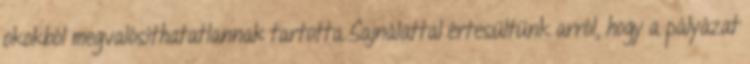
okokból megvalósíthatatlannak tartotta Sajnálattal értesültünk arról, hogy a pályázat